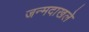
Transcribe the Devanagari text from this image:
जन्मदाखले